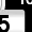
Digit: 5